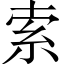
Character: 索